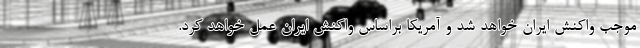
موجب واکنش ایران خواهد شد و آمریکا براساس واکنش ایران عمل خواهد کرد.